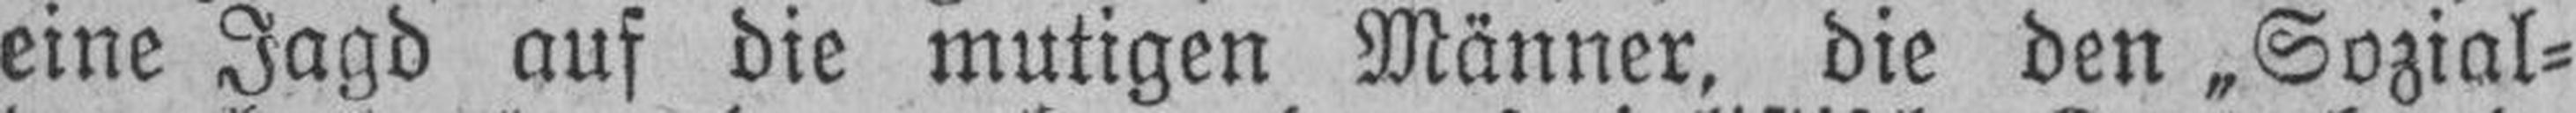
eine Jagd auf die mutigen Männer, die den „Sozial¬